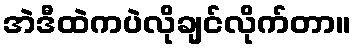
အဲဒီထဲကပဲလိုချင်လိုက်တာ။